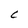
Character: C